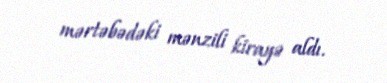
mərtəbədəki mənzili kirayə aldı.